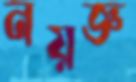
নয়জ্ঞ